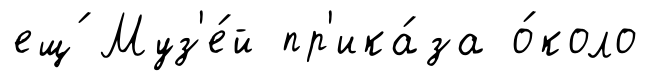
ещ́ Муз'е́й пр'ика́за о́коло